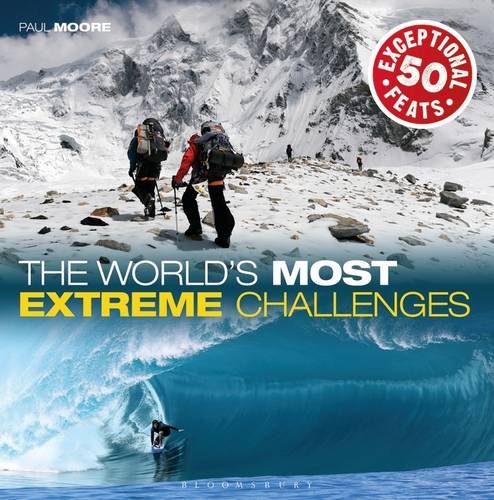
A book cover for The World's Most Extreme Challenges: 50 Exceptional Feats Of Endurance From Around The Globe; Paul Moore; Health, Fitness & Dieting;